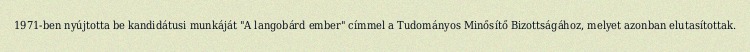
1971-ben nyújtotta be kandidátusi munkáját "A langobárd ember" címmel a Tudományos Minősítő Bizottságához, melyet azonban elutasítottak.